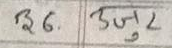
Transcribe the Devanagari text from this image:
३.6.  उजुट